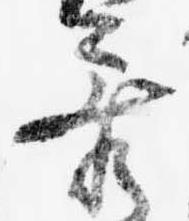
参